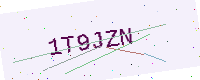
Text: 1T9JZN